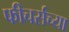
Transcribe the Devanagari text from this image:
फीचर्सच्या